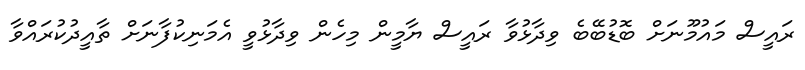
ރައީސް މައުމޫނަށް ބޮޑުބޭބެ ވިދާޅުވާ ރައީސް ޔާމީން މިހެން ވިދާޅުވީ އެމަނިކުފާނަށް ތާއީދުކުރައްވާ